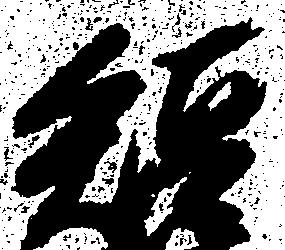
短